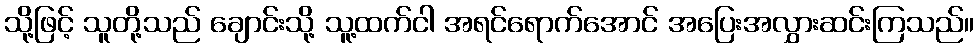
သို့ဖြင့် သူတို့သည် ချောင်းသို့ သူ့ထက်ငါ အရင်ရောက်အောင် အပြေးအလွှားဆင်းကြသည်။